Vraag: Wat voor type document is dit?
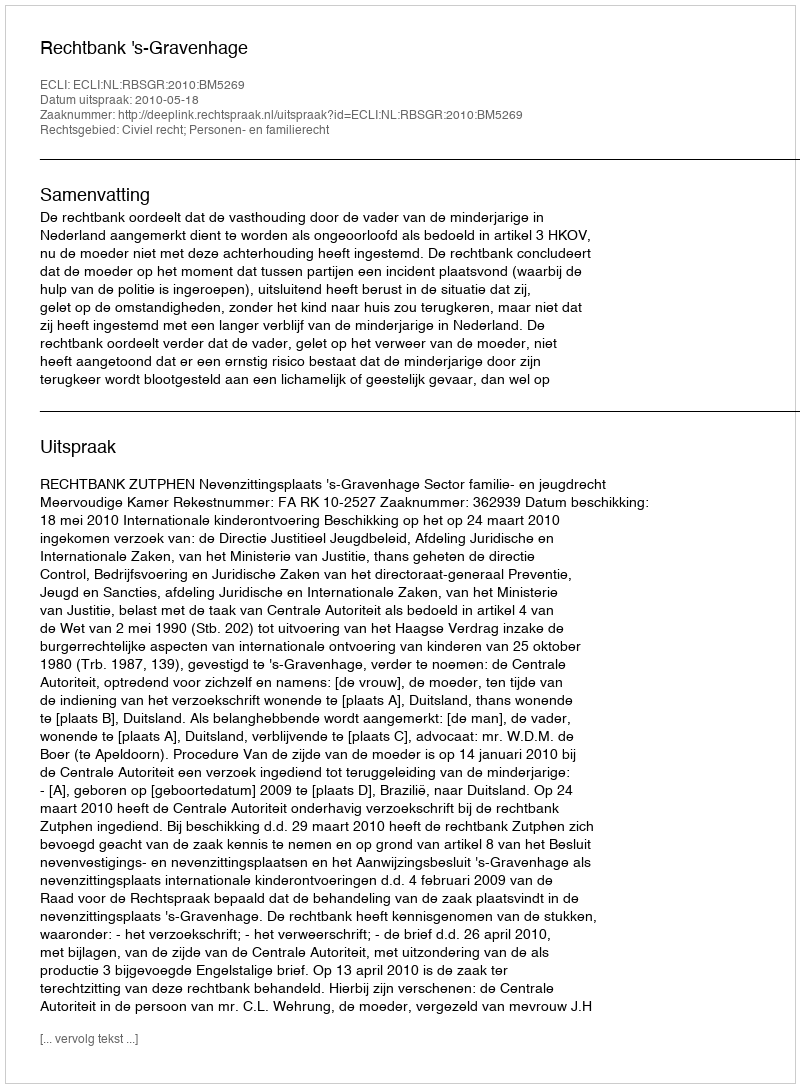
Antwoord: Uitspraak